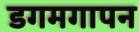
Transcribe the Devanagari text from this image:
डगमगापन